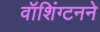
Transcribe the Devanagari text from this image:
वॉशिंग्टनने